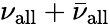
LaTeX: \nu_{\mathrm{all}}+\bar{\nu}_{\mathrm{all}}